Annual report on the mental hospital in the Central Provinces and Berar (Nagpur) - 1927-1951
Year: 1927
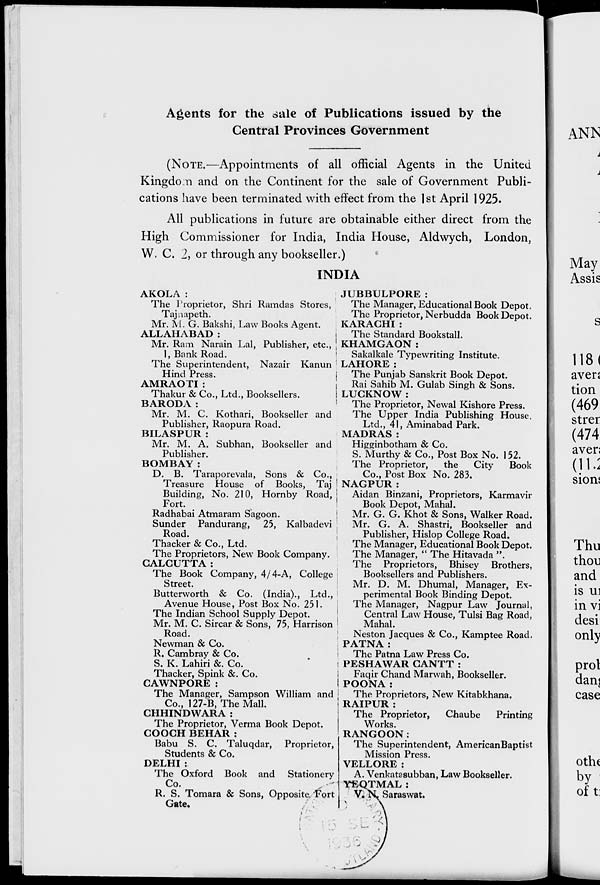
Agents for the sale of Publications issued by the
Central Provinces Government
(NOTE.—Appointments of all official Agents in the United
Kingdom and on the Continent for the sale of Government Publi-
cations have been terminated with effect from the 1st April 1925.
All publications in future are obtainable either direct from the
High Commissioner for India, India House, Aldwych, London,
W. C. 2, or through any bookseller.)
INDIA
AKOLA:
The Proprietor, Shri Ramdas Stores,
Tajnapeth.
Mr. M. G. Bakshi, Law Books Agent.
ALLAHABAD:
Mr. Ram Narain Lal, Publisher, etc.,
1, Bank Road.
The Superintendent, Nazair Kanun
Hind Press.
AMRAOTI :
Thakur & Co., Ltd., Booksellers.
BARODA:
Mr. M. C. Kothari, Bookseller and
Publisher, Raopura Road.
BILASPUR :
Mr. M. A. Subhan, Bookseller and
Publisher.
BOMBAY :
D. B. Taraporevala, Sons & Co.,
Treasure House of Books, Taj
Building, No. 210, Hornby Road,
Fort.
Radhabai Atmaram Sagoon.
Sunder Pandurang, 25, Kalbadevi
Road.
Thacker & Co., Ltd.
The Proprietors, New Book Company.
CALCUTTA:
The Book Company, 4/4-A, College
Street.
Butterworth & Co. (India)., Ltd.,
Avenue House, Post Box No. 251.
The Indian School Supply Depot.
Mr. M. C. Sircar & Sons, 75, Harrison
Road.
Newman & Co.
R. Cambray & Co.
S. K. Lahiri &. Co.
Thacker, Spink &. Co.
CAWNPORE :
The Manager, Sampson William and
Co., 127-B, The Mall.
CHHINDWARA :
The Proprietor, Verma Book Depot.
COOCH BEHAR :
Babu S. C. Taluqdar, Proprietor,
Students & Co.
DELHI :
The Oxford Book and Stationery
Co.
R. S. Tomara & Sons, Opposite Fort
Gate.
JUBBULPORE:
The Manager, Educational Book Depot.
The Proprietor, Nerbudda Book Depot.
KARACHI :
The Standard Bookstall.
KHAMGAON :
Sakalkale Typewriting Institute.
LAHORE:
The Punjab Sanskrit Book Depot.
Rai Sahib M. Gulab Singh & Sons.
LUCKNOW :
The Proprietor, Newal Kishore Press.
The Upper India Publishing House,
Ltd., 41, Aminabad Park.
MADRAS:
Higginbotham & Co.
S. Murthy & Co., Post Box No. 152.
The Proprietor,
the
City
Book
Co., Post Box No. 283.
NAGPUR:
Aidan Binzani, Proprietors, Karmavir
Book Depot, Mahal.
Mr. G. G. Khot & Sons, Walker Road.
Mr. G. A. Shastri, Bookseller and
Publisher, Hislop College Road.
The Manager, Educational Book Depot.
The Manager, "The Hitavada".
The Proprietors, Bhisey Brothers,
Booksellers and Publishers.
Mr. D. M. Dhumal, Manager, Ex-
perimental Book Binding Depot.
The Manager, Nagpur Law Journal,
Central Law House, Tulsi Bag Road,
Mahal.
Neston Jacques & Co., Kamptee Road,
PATNA:
The Patna Law Press Co.
PESHAWAR CANTT :
Faqir Chand Marwah, Bookseller.
POONA:
The Proprietors, New Kitabkhana.
RAIPUR:
The Proprietor,
Chaube
Printing
Works.
RANGOON:
The Superintendent, American Baptist
Mission Press.
VELLORE:
A. Venkatasubban, Law Bookseller.
YEOTMAL:
V. N. Saraswat.